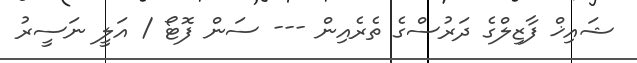
ޝައިޚް ފާޒިލްގެ ދަރުސްގެ ތެރެއިން --- ސަން ފޮޓޯ / އަލީ ނަސީރު